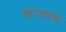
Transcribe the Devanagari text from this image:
बहुउद्द्यमी